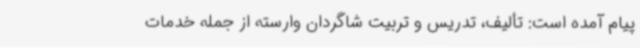
پیام آمده است: تألیف، تدریس و تربیت شاگردان وارسته از جمله خدمات